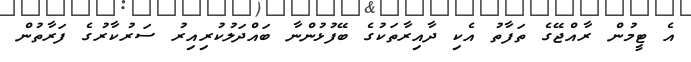
އެ ޓީމުން ރާއްޖޭގެ ތަފާތު އެކި ދާއިރާތަކުގެ ބޭފުޅުންނާ ބައްދަލުކުރިއިރު ސަރުކާރުގެ ފަރާތުން